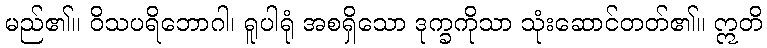
မည်၏။ ဝိသပရိဘောဂါ၊ ရူပါရုံ အစရှိသော ဒုက္ခကိုသာ သုံးဆောင်တတ်၏။ ဣတိ